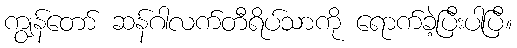
ကျွန်တော် ဆန်ဂါလက်တီရိပ်သာကို ရောက်ခဲ့ပြီးပါပြီ။